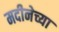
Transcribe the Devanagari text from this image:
मदीनेच्या